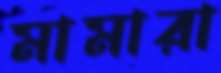
মামারা